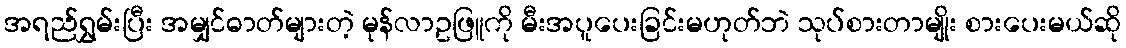
အရည်ရွှမ်းပြီး အမျှင်ဓာတ်များတဲ့ မုန်လာဥဖြူကို မီးအပူပေးခြင်းမဟုတ်ဘဲ သုပ်စားတာမျိုး စားပေးမယ်ဆို